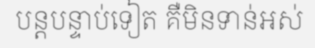
បន្តបន្ទាប់ទៀត គឺមិនទាន់អស់